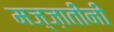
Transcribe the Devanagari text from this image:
मज़्ज़ातीनी